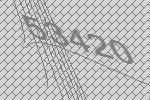
53420